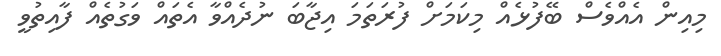
މިއިން އެއްވެސް ބޭފުޅެއް މިކަމަށް ފުރަތަމަ އިޖާބަ ނުދެއްވާ އެތައް ވަގުތެއް ފާއިތުވީ